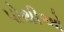
પોથીઓ